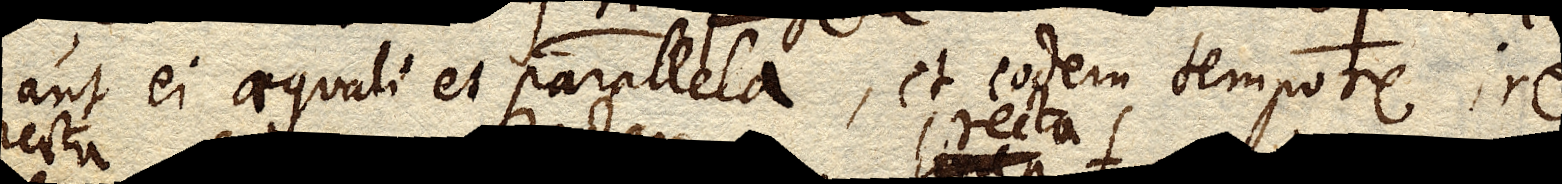
aut ei aequali et parallela, et eodem tempore ire